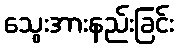
သွေးအားနည်းခြင်း